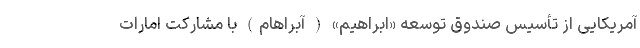
آمریکایی از تأسیس صندوق توسعه «ابراهیم» ( آبراهام) با مشارکت امارات